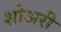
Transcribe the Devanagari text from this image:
शोअरी